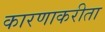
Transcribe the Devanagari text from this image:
कारणाकरीता